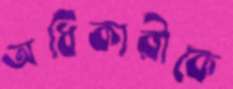
অধিকারীকে